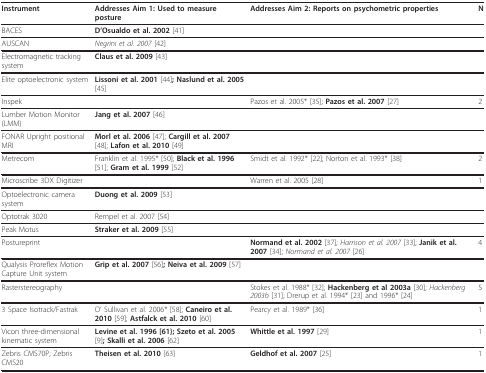
<table><thead><tr><td><b>Instrument</b></td><td><b>Addresses Aim 1: Used to measure posture</b></td><td><b>Addresses Aim 2: Reports on psychometric properties</b></td><td><b>N</b></td></tr></thead><tbody><tr><td>BACES</td><td><b>D&#x27;Osualdo et al. 2002 </b>[41]</td><td></td><td></td></tr><tr><td>AUSCAN</td><td><i>Negrini et al. 2007 </i>[42]</td><td></td><td></td></tr><tr><td>Electromagnetic tracking system</td><td><b>Claus et al. 2009 </b>[43]</td><td></td><td></td></tr><tr><td>Elite optoelectronic system</td><td><b>Lissoni et al. 2001 </b>[44]<b>; Naslund et al. 2005 </b>[45]</td><td></td><td></td></tr><tr><td>Inspek</td><td></td><td>Pazos et al. 2005* [35]; <b>Pazos et al. 2007 </b>[27]</td><td>2</td></tr><tr><td>Lumber Motion Monitor (LMM)</td><td><b>Jang et al. 2007 </b>[46]</td><td></td><td></td></tr><tr><td>FONAR Upright positional MRI</td><td><b>Morl et al. 2006 </b>[47]; <b>Cargill et al. 2007 </b>[48]; <b>Lafon et al. 2010 </b>[49]</td><td></td><td></td></tr><tr><td>Metrecom</td><td>Franklin et al. 1995* [50]; <b>Black et al. 1996 </b>[51]; <b>Gram et al. 1999 </b>[52]</td><td>Smidt et al. 1992* [22]; Norton et al. 1993* [38]</td><td>2</td></tr><tr><td>Microscribe 3DX Digitizer</td><td></td><td>Warren et al. 2005 [28]</td><td>1</td></tr><tr><td>Optoelectronic camera system</td><td><b>Duong et al. 2009 </b>[53]</td><td></td><td></td></tr><tr><td>Optotrak 3020</td><td>Rempel et al. 2007 [54]</td><td></td><td></td></tr><tr><td>Peak Motus</td><td><b>Straker et al. 2009 </b>[55]</td><td></td><td></td></tr><tr><td>Postureprint</td><td></td><td><b>Normand et al. 2002 </b>[37]; <i>Harrison et al. 2007 </i>[33]; <b>Janik et al. 2007 </b>[34]; <i>Normand et al. 2007 </i>[26]</td><td>4</td></tr><tr><td>Qualysis Proreflex Motion Capture Unit system</td><td><b>Grip et al. 2007 </b>[56]<b>; Neiva et al. 2009 </b>[57]</td><td></td><td></td></tr><tr><td>Rasterstereography</td><td></td><td>Stokes et al. 1988* [32]; <b>Hackenberg et al 2003a </b>[30]; <i>Hackenberg 2003b </i>[31]; Drerup et al. 1994* [23] and 1996* [24]</td><td>5</td></tr><tr><td>3 Space Isotrack/Fastrak</td><td>O&#x27; Sullivan et al. 2006* [58]; <b>Caneiro et al. 2010 </b>[59]; <b>Astfalck et al. 2010 </b>[60]</td><td>Pearcy et al. 1989* [36]</td><td>1</td></tr><tr><td>Vicon three-dimensional kinematic system</td><td><b>Levine et al. 1996 [61}; Szeto et al. 2005 </b>[9]<b>; Skalli et al. 2006 </b>[62]</td><td><b>Whittle et al. 1997 </b>[29]</td><td>1</td></tr><tr><td>Zebris CMS70P; Zebris CMS20</td><td><b>Theisen et al. 2010 </b>[63]</td><td><b>Geldhof et al. 2007 </b>[25]</td><td>1</td></tr></tbody></table>